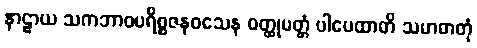
နာဠာယ သကဘာဝပရိစ္စဇနဝသေန ဝတ္ထုမတ္တံ ပါပေထာတိ သမာဓာတုံ